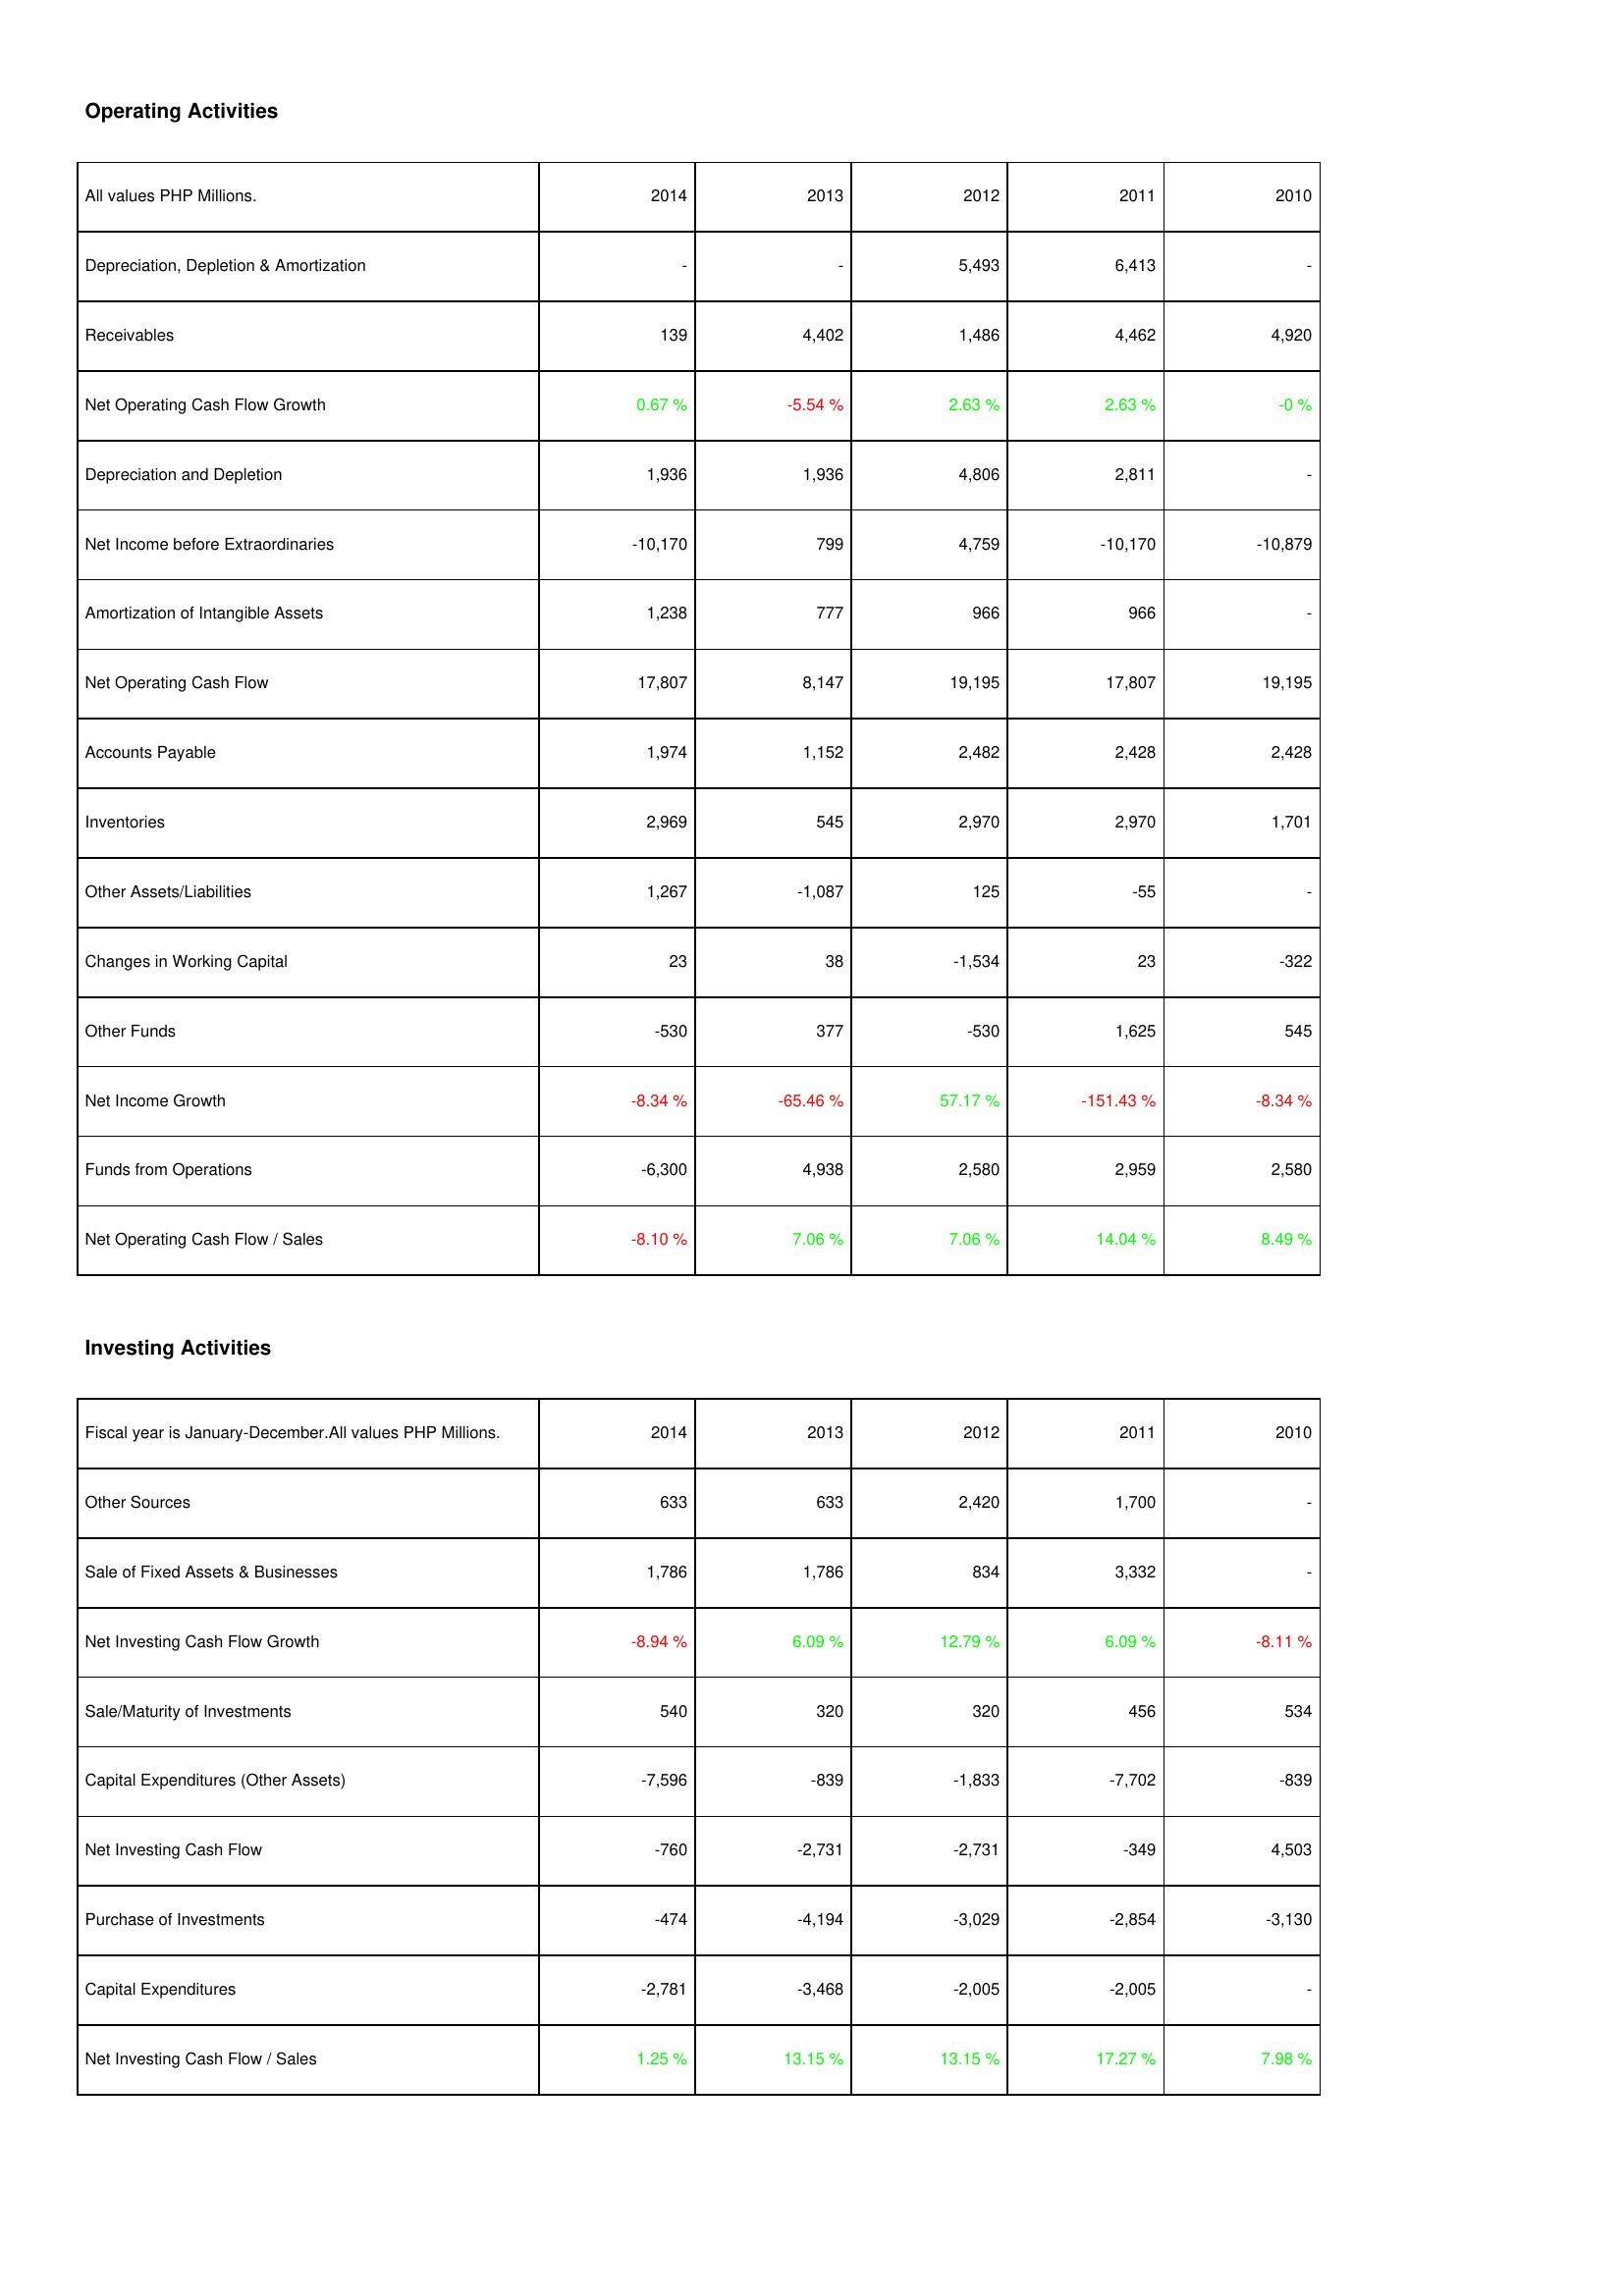
2014: Operating Activities: Depreciation, Depletion & Amortization: -
Receivables: 139
Net Operating Cash Flow Growth: 0.67 %
Depreciation and Depletion: 1,936
Net Income before Extraordinaries: -10,170
Amortization of Intangible Assets: 1,238
Net Operating Cash Flow: 17,807
Accounts Payable: 1,974
Inventories: 2,969
Other Assets/Liabilities: 1,267
Changes in Working Capital: 23
Other Funds: -530
Net Income Growth: -8.34 %
Funds from Operations: -6,300
Net Operating Cash Flow / Sales: -8.10 %
Investing Activities: Other Sources: 633
Sale of Fixed Assets & Businesses: 1,786
Net Investing Cash Flow Growth: -8.94 %
Sale/Maturity of Investments: 540
Capital Expenditures (Other Assets): -7,596
Net Investing Cash Flow: -760
Purchase of Investments: -474
Capital Expenditures: -2,781
Net Investing Cash Flow / Sales: 1.25 %
2013: Operating Activities: Depreciation, Depletion & Amortization: -
Receivables: 4,402
Net Operating Cash Flow Growth: -5.54 %
Depreciation and Depletion: 1,936
Net Income before Extraordinaries: 799
Amortization of Intangible Assets: 777
Net Operating Cash Flow: 8,147
Accounts Payable: 1,152
Inventories: 545
Other Assets/Liabilities: -1,087
Changes in Working Capital: 38
Other Funds: 377
Net Income Growth: -65.46 %
Funds from Operations: 4,938
Net Operating Cash Flow / Sales: 7.06 %
Investing Activities: Other Sources: 633
Sale of Fixed Assets & Businesses: 1,786
Net Investing Cash Flow Growth: 6.09 %
Sale/Maturity of Investments: 320
Capital Expenditures (Other Assets): -839
Net Investing Cash Flow: -2,731
Purchase of Investments: -4,194
Capital Expenditures: -3,468
Net Investing Cash Flow / Sales: 13.15 %
2012: Operating Activities: Depreciation, Depletion & Amortization: 5,493
Receivables: 1,486
Net Operating Cash Flow Growth: 2.63 %
Depreciation and Depletion: 4,806
Net Income before Extraordinaries: 4,759
Amortization of Intangible Assets: 966
Net Operating Cash Flow: 19,195
Accounts Payable: 2,482
Inventories: 2,970
Other Assets/Liabilities: 125
Changes in Working Capital: -1,534
Other Funds: -530
Net Income Growth: 57.17 %
Funds from Operations: 2,580
Net Operating Cash Flow / Sales: 7.06 %
Investing Activities: Other Sources: 2,420
Sale of Fixed Assets & Businesses: 834
Net Investing Cash Flow Growth: 12.79 %
Sale/Maturity of Investments: 320
Capital Expenditures (Other Assets): -1,833
Net Investing Cash Flow: -2,731
Purchase of Investments: -3,029
Capital Expenditures: -2,005
Net Investing Cash Flow / Sales: 13.15 %
2011: Operating Activities: Depreciation, Depletion & Amortization: 6,413
Receivables: 4,462
Net Operating Cash Flow Growth: 2.63 %
Depreciation and Depletion: 2,811
Net Income before Extraordinaries: -10,170
Amortization of Intangible Assets: 966
Net Operating Cash Flow: 17,807
Accounts Payable: 2,428
Inventories: 2,970
Other Assets/Liabilities: -55
Changes in Working Capital: 23
Other Funds: 1,625
Net Income Growth: -151.43 %
Funds from Operations: 2,959
Net Operating Cash Flow / Sales: 14.04 %
Investing Activities: Other Sources: 1,700
Sale of Fixed Assets & Businesses: 3,332
Net Investing Cash Flow Growth: 6.09 %
Sale/Maturity of Investments: 456
Capital Expenditures (Other Assets): -7,702
Net Investing Cash Flow: -349
Purchase of Investments: -2,854
Capital Expenditures: -2,005
Net Investing Cash Flow / Sales: 17.27 %
2010: Operating Activities: Depreciation, Depletion & Amortization: -
Receivables: 4,920
Net Operating Cash Flow Growth: -0 %
Depreciation and Depletion: -
Net Income before Extraordinaries: -10,879
Amortization of Intangible Assets: -
Net Operating Cash Flow: 19,195
Accounts Payable: 2,428
Inventories: 1,701
Other Assets/Liabilities: -
Changes in Working Capital: -322
Other Funds: 545
Net Income Growth: -8.34 %
Funds from Operations: 2,580
Net Operating Cash Flow / Sales: 8.49 %
Investing Activities: Other Sources: -
Sale of Fixed Assets & Businesses: -
Net Investing Cash Flow Growth: -8.11 %
Sale/Maturity of Investments: 534
Capital Expenditures (Other Assets): -839
Net Investing Cash Flow: 4,503
Purchase of Investments: -3,130
Capital Expenditures: -
Net Investing Cash Flow / Sales: 7.98 %